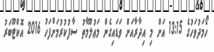
ހޯމަދުވަހުގެ 13:15 އަށް މި އިދާރާއަށް ވަޑައިގެން މަޢުލޫމާތު ސާފުކުރުމަށްފަހު 2016 އޮކްޓޫބަރު